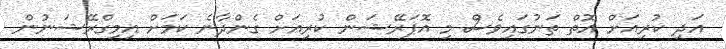
އަދި ކުރިއަށް އޮތް ތަނުގައިވެސް މި އޮޕަރޭޝަން ކުރިއަށް ގެންދާނެ ކަމަށް އިމިގްރޭޝަނުން